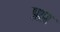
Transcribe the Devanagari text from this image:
प्रार